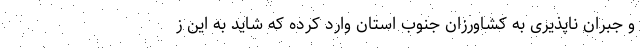
و جبران ناپذیری به کشاورزان جنوب استان وارد کرده که شاید به این ز